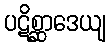
ပဋိစ္ဆာဒေယျ